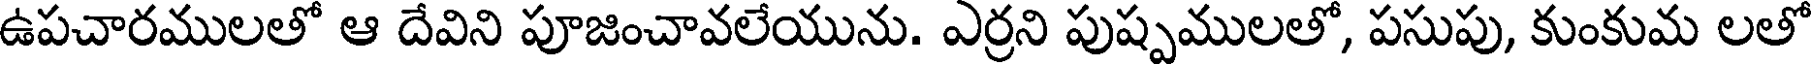
ఉపచారములతో ఆ దేవిని పూజించావలేయును. ఎర్రని పుష్పములతో, పసుపు, కుంకుమ లతో